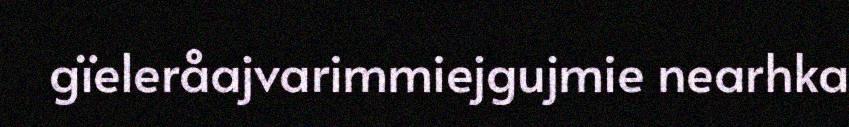
gïeleråajvarimmiejgujmie nearhka